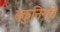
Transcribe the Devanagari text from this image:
बकुनिनचे